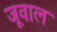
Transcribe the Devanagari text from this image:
जूवाल